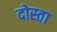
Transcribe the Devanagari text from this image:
दोस्ता